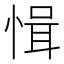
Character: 𢜱